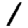
Digit: 1